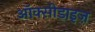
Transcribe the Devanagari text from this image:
ऑक्सीडाइज़